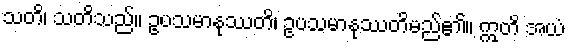
သတိ၊ သတိသည်။ ဥပသမာနုဿတိ၊ ဥပသမာနုဿတိမည်၏။ ဣတိ အယံ